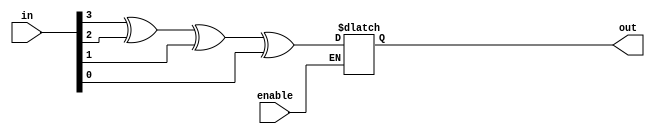
module parity_gen(
input enable, input [3:0] in, output reg out
    );
always @(enable,in)
begin
    if(enable)
    out = in[3]^in[2]^in[1]^in[0];
end
endmodule